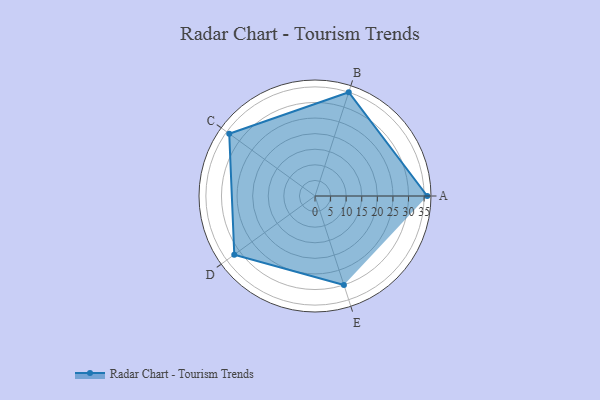
{"axis": {"x": "Skill", "y": "Score"}, "legend": ["Profile"], "data": [{"x": "A", "y": 36.0, "type": "Profile"}, {"x": "B", "y": 35.0, "type": "Profile"}, {"x": "C", "y": 34.0, "type": "Profile"}, {"x": "D", "y": 32.0, "type": "Profile"}, {"x": "E", "y": 30.0, "type": "Profile"}]}